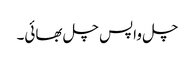
چل واپس چل بھائی۔